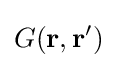
G(\mathbf {r} ,\mathbf {r} ')